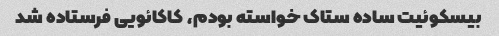
بیسکوئیت ساده ستاک خواسته بودم، کاکائویی فرستاده شد